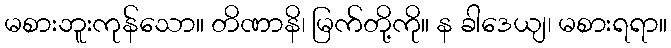
မစားဘူးကုန်သော။ တိဏာနိ၊ မြက်တို့ကို။ န ခါဒေယျ၊ မစားရရာ။